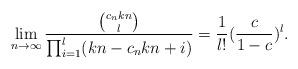
LaTeX: \begin{align*}\lim_{n\to\infty}\frac{\binom{c_nkn}l}{\prod_{i=1}^l(kn-c_nkn+i)}=\frac1{l!}(\frac c{1-c})^l.\end{align*}